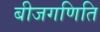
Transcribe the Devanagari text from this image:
बीजगणिति